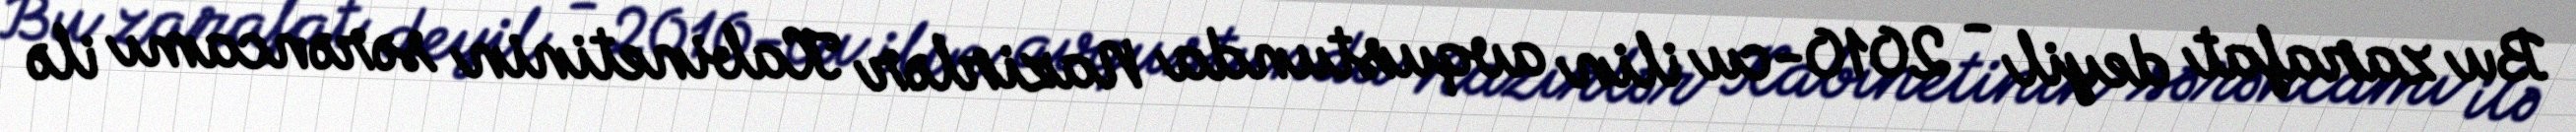
Bu zarafat deyil - 2010-cu ilin avqustunda Nazirlər Kabinetinin sərəncamı ilə